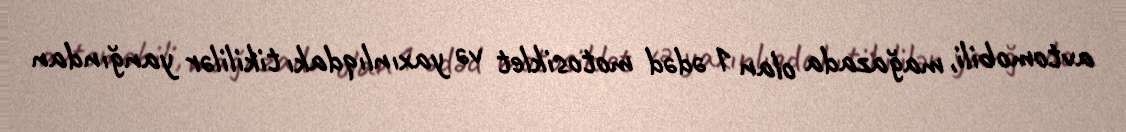
avtomobili, mağazada olan 1 ədəd motosiklet və yaxınlıqdakı tikililər yanğından